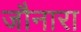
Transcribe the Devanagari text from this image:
जौनारा